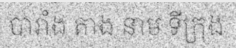
បារាំង តាង នាម ទីក្រុង